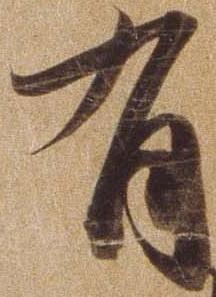
有